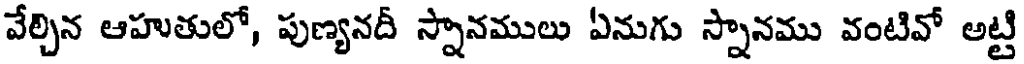
వేల్చిన ఆహుతులో, పుణ్యనదీ స్నానములు ఏనుగు స్నానము వంటివో అట్టి